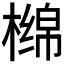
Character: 𰘣